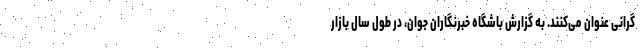
گرانی عنوان می‌کنند. به گزارش باشگاه خبرنگاران جوان، در طول سال بازار